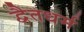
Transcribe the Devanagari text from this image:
द्वैतधर्म